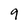
Character: 9